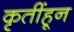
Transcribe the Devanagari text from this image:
कृतींहून